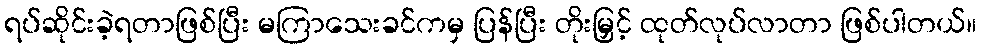
ရပ်ဆိုင်းခဲ့ရတာဖြစ်ပြီး မကြာသေးခင်ကမှ ပြန်ပြီး တိုးမြှင့် ထုတ်လုပ်လာတာ ဖြစ်ပါတယ်။